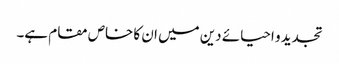
تجدید و احیائے دین میں ان کا خاص مقام ہے۔